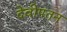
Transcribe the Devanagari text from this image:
देवीपतन